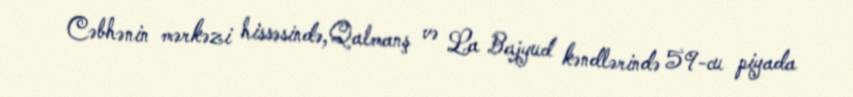
Cəbhənin mərkəzi hissəsində,Qalmanş və La Bajyud kəndlərində 59-cu piyada